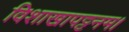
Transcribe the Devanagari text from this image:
विशाखापट्टनम।